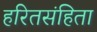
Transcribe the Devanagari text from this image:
हरितसंहिता